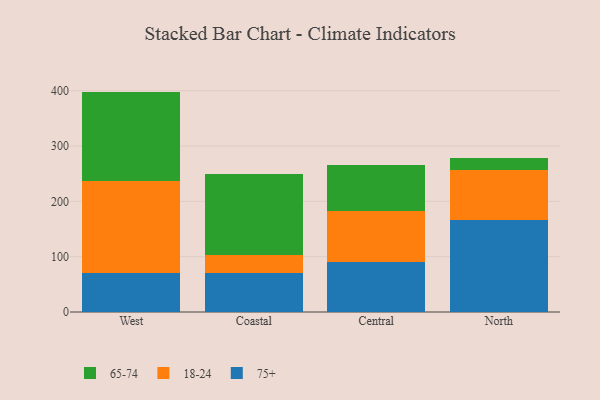
{"axis": {"x": "Region", "y": "Temperature (°C)"}, "legend": ["18-24", "65-74", "75+"], "data": [{"x": "West", "y": 71.3, "type": "75+"}, {"x": "West", "y": 166.2, "type": "18-24"}, {"x": "West", "y": 161.0, "type": "65-74"}, {"x": "Coastal", "y": 70.5, "type": "75+"}, {"x": "Coastal", "y": 32.3, "type": "18-24"}, {"x": "Coastal", "y": 146.8, "type": "65-74"}, {"x": "Central", "y": 91.0, "type": "75+"}, {"x": "Central", "y": 90.9, "type": "18-24"}, {"x": "Central", "y": 83.4, "type": "65-74"}, {"x": "North", "y": 165.5, "type": "75+"}, {"x": "North", "y": 91.3, "type": "18-24"}, {"x": "North", "y": 21.4, "type": "65-74"}]}